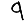
Digit: 9